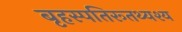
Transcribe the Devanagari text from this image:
बृहस्पतिरूतथ्यश्य